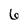
Character: 6